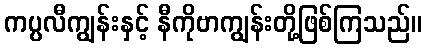
ကပ္ပလီကျွန်းနှင့် နီကိုဗာကျွန်းတို့ဖြစ်ကြသည်။